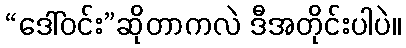
“ဒေါ်ဝင်း”ဆိုတာကလဲ ဒီအတိုင်းပါပဲ။